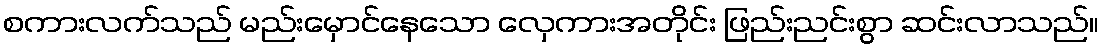
စကားလက်သည် မည်းမှောင်နေသော လှေကားအတိုင်း ဖြည်းညင်းစွာ ဆင်းလာသည်။